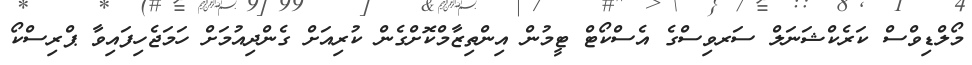
މޯލްޑިވްސް ކަރެކްޝަނަލް ސަރވިސްގެ އެސްކޯޓް ޓީމުން އިންތިޒާމްކޮށްގެން ކުރިއަށް ގެންދިއުމަށް ހަމަޖެހިފައިވާ ޕްރިސްކޯ